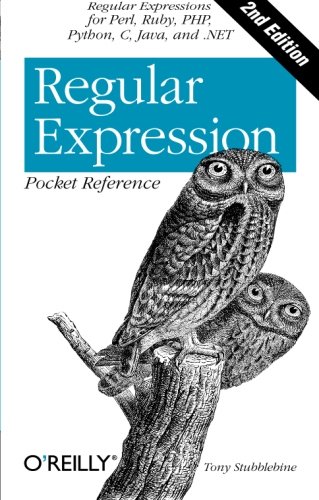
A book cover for Regular Expression Pocket Reference: Regular Expressions for Perl, Ruby, PHP, Python, C, Java and .NET (Pocket Reference (O'Reilly)); Tony Stubblebine; Computers & Technology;